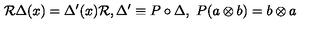
{ \cal R } \Delta ( x ) = \Delta ^ { \prime } ( x ) { \cal R } , \Delta ^ { \prime } \equiv P \circ \Delta , \ P ( a \otimes b ) = b \otimes a